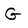
Character: G